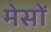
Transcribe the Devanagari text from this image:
मेसों